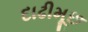
દાઢીમૂછ